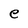
Character: e